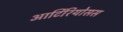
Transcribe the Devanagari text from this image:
आर्टिरियोसस